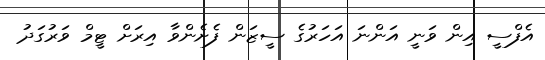
އެފްސީ އިން ވަނީ އަންނަ އަހަރުގެ ސީޒަން ފެށެންވާ އިރަށް ޓީމް ވަރުގަދު